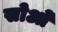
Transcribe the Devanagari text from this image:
सोओं